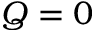
Q = 0